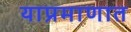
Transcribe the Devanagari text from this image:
याप्रमाणात